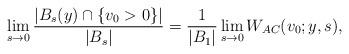
LaTeX: \begin{align*}\lim_{s\rightarrow 0}\frac{|B_s(y)\cap \{v_0>0\}|}{|B_s|} = \frac{1}{|B_1|} \lim_{s\rightarrow 0} W_{AC}(v_0; y,s),\end{align*}